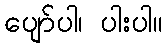
ပျော်ပါ၊ ပါးပါ။